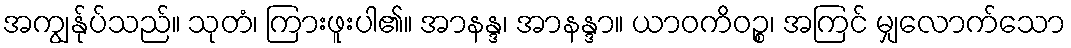
အကျွန်ုပ်သည်။ သုတံ၊ ကြားဖူးပါ၏။ အာနန္ဒ၊ အာနန္ဒာ။ ယာဝကိဝဉ္စ၊ အကြင် မျှလောက်သော